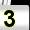
Digit: 3